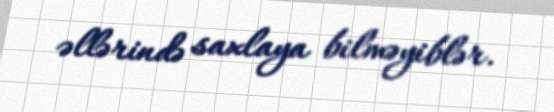
əllərində saxlaya bilməyiblər.